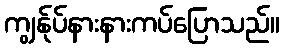
ကျွန်ုပ်နားနားကပ်ပြောသည်။